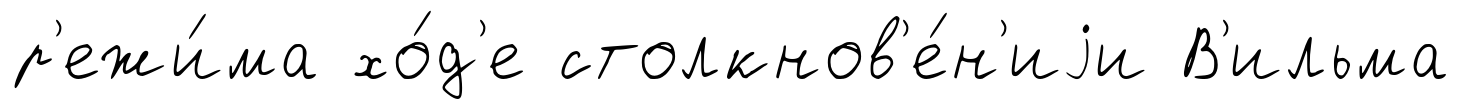
р'ежи́ма хо́д'е столкнов'е́н'иjи В'ильма